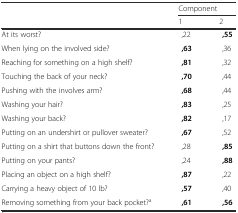
<table><thead><tr><td rowspan="2"></td><td colspan="2"><b>Component</b></td></tr><tr><td><b>1</b></td><td><b>2</b></td></tr></thead><tbody><tr><td>At its worst?</td><td>,22</td><td><b>,55</b></td></tr><tr><td>When lying on the involved side?</td><td><b>,63</b></td><td>,36</td></tr><tr><td>Reaching for something on a high shelf?</td><td><b>,81</b></td><td>,32</td></tr><tr><td>Touching the back of your neck?</td><td><b>,70</b></td><td>,44</td></tr><tr><td>Pushing with the involves arm?</td><td><b>,68</b></td><td>,44</td></tr><tr><td>Washing your hair?</td><td><b>,83</b></td><td>,25</td></tr><tr><td>Washing your back?</td><td><b>,82</b></td><td>,17</td></tr><tr><td>Putting on an undershirt or pullover sweater?</td><td><b>,67</b></td><td>,52</td></tr><tr><td>Putting on a shirt that buttons down the front?</td><td>,28</td><td><b>,85</b></td></tr><tr><td>Putting on your pants?</td><td>,24</td><td><b>,88</b></td></tr><tr><td>Placing an object on a high shelf?</td><td><b>,87</b></td><td>,22</td></tr><tr><td>Carrying a heavy object of 10 lb?</td><td><b>,57</b></td><td>,40</td></tr><tr><td>Removing something from your back pocket?<sup>a</sup></td><td><b>,61</b></td><td><b>,56</b></td></tr></tbody></table>